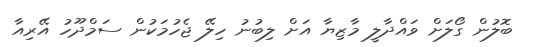
ބޮލުން ގޯލަށް ވައްދާލީ މާޒިޔާ އަށް ލިބުނު ހިލޭ ޖެހުމަކުން ސަމްދޫހު އޭރިއާ